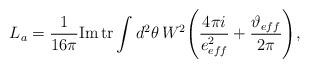
LaTeX: \begin{align*}L_a = \frac{1}{16\pi}\mbox{Im}\,\mbox{tr}\int d^2\theta\,W^2\Bigg(\frac{4\pi i}{e^2_{eff}}+\frac{\vartheta_{eff}}{2\pi}\Bigg),\end{align*}